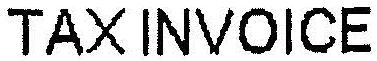
TAX INVOICE